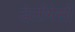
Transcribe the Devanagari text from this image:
डेलीगेसी